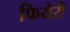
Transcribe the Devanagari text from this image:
फियेरी